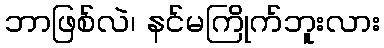
ဘာဖြစ်လဲ၊ နင်မကြိုက်ဘူးလား